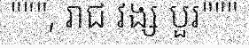
""", រាជ វង្ស បួរ"""